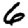
Digit: 6